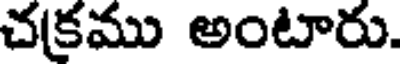
చక్రము అంటారు.